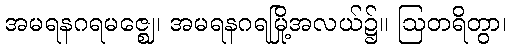
အမရနဂရမဇ္ဈေ၊ အမရနဂရမြို့အလယ်၌။ ဩတရိတွာ၊